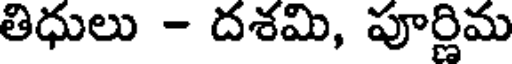
తిధులు - దశమి, పూర్ణిమ